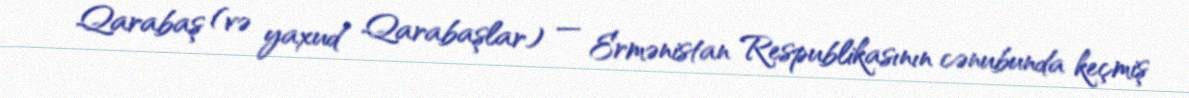
Qarabaş (və yaxud Qarabaşlar) — Ermənistan Respublikasının cənubunda keçmiş